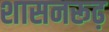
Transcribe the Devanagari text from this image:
शासनरूढ़